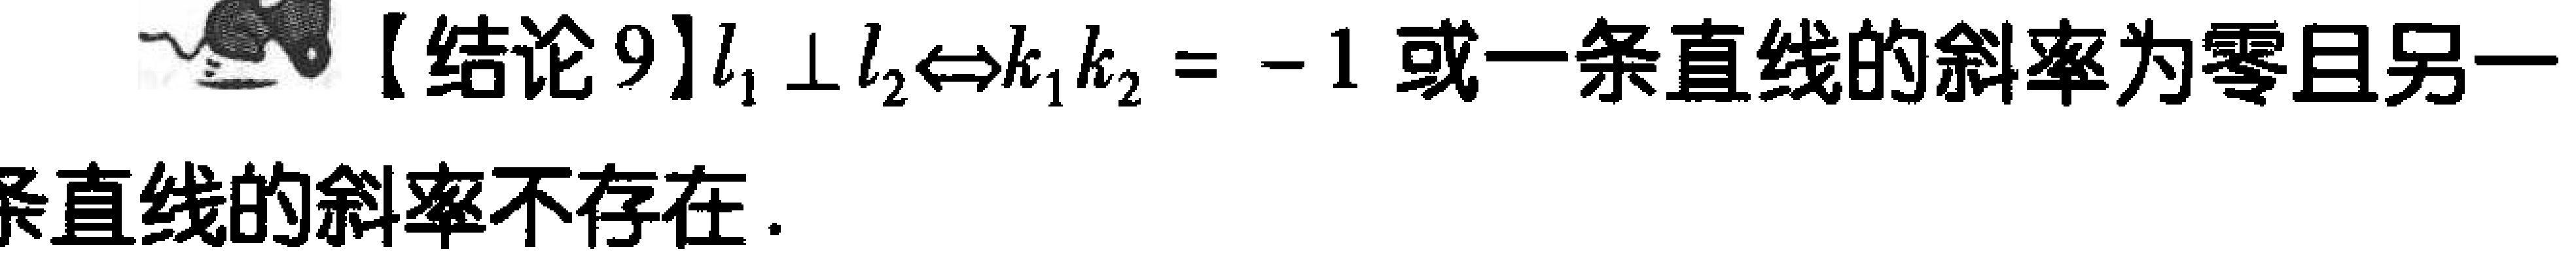
【结论9】$l_{1} \perp l_{2}\Leftrightarrow k_{1}k_{2}=-1$ 或一条直线的斜率为零且另一条直线的斜率不存在.